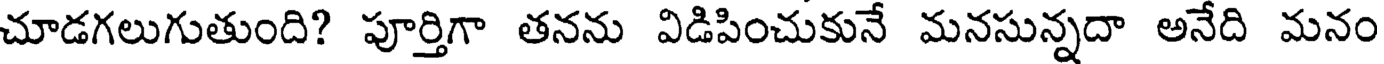
చూడగలుగుతుంది? పూర్తిగా తనను విడిపించుకునే మనసున్నదా అనేది మనం